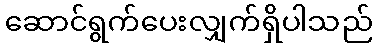
ဆောင်ရွက်ပေးလျှက်ရှိပါသည်